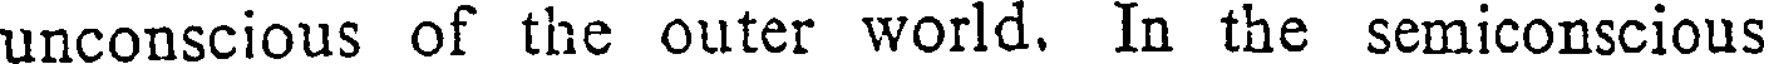
unconscious of the outer world. In the semiconscious